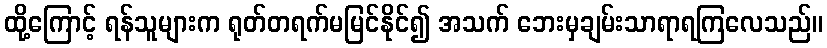
ထို့ကြောင့် ရန်သူများက ရုတ်တရက်မမြင်နိုင်၍ အသက် ဘေးမှချမ်းသာရာရကြလေသည်။